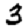
Digit: 3